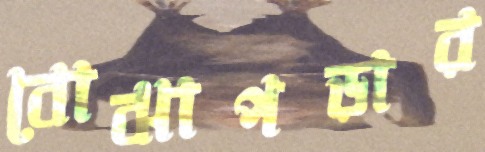
বোঝাপড়ার